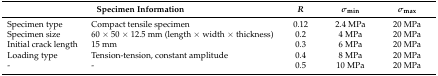
| <COLSPAN=2> Specimen Information | R | σmin | σmax |
 | --- | --- | --- | --- | --- |
 | Specimen type | Compact tensile specimen | 0.12 | 2.4 MPa | 20 MPa |
 | Specimen size | 60 × 50 × 12.5 mm (length × width × thickness) | 0.2 | 4 MPa | 20 MPa |
 | Initial crack length | 15 mm | 0.3 | 6 MPa | 20 MPa |
 | Loading type | Tension-tension, constant amplitude | 0.4 | 8 MPa | 20 MPa |
 | - | - | 0.5 | 10 MPa | 20 MPa |